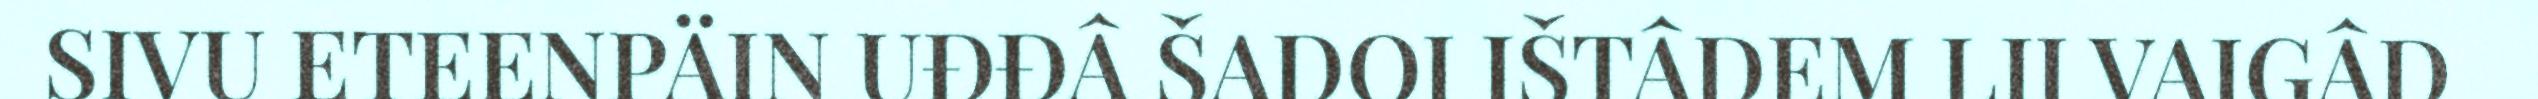
SIVU ETEENPÄIN UĐĐÂ ŠADOI IŠTÂDEM LII VAIGÂD